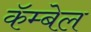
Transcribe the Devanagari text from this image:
कॅम्बेल